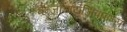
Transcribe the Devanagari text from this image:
बेन्ज़ोडायजिपाइन्स